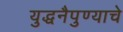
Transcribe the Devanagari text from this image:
युद्धनैपुण्याचे